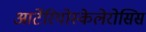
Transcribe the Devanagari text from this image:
आर्टेरियोस्केलेरोसिस